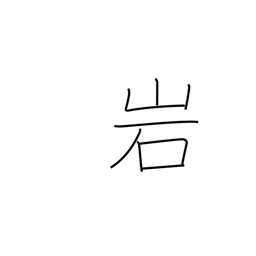
Meaning: rock